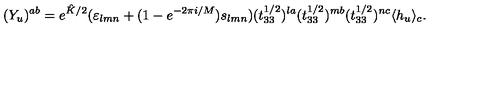
( Y _ { u } ) ^ { a b } = e ^ { \hat { K } / 2 } ( \varepsilon _ { l m n } + ( 1 - e ^ { - 2 \pi i / M } ) s _ { l m n } ) ( t _ { 3 3 } ^ { 1 / 2 } ) ^ { l a } ( t _ { 3 3 } ^ { 1 / 2 } ) ^ { m b } ( t _ { 3 3 } ^ { 1 / 2 } ) ^ { n c } \langle h _ { u } \rangle _ { c } .